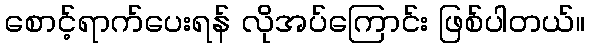
စောင့်ရာက်ပေးရန် လိုအပ်ကြောင်း ဖြစ်ပါတယ်။